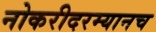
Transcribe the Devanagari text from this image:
नोकरीदरम्यानच